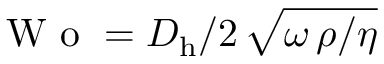
\mathrm { ~ W ~ o ~ } = { D _ { \mathrm { h } } } / { 2 } \, { \sqrt { { \omega \, \rho } / { \eta } } }